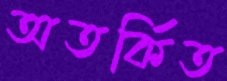
অতর্কিত